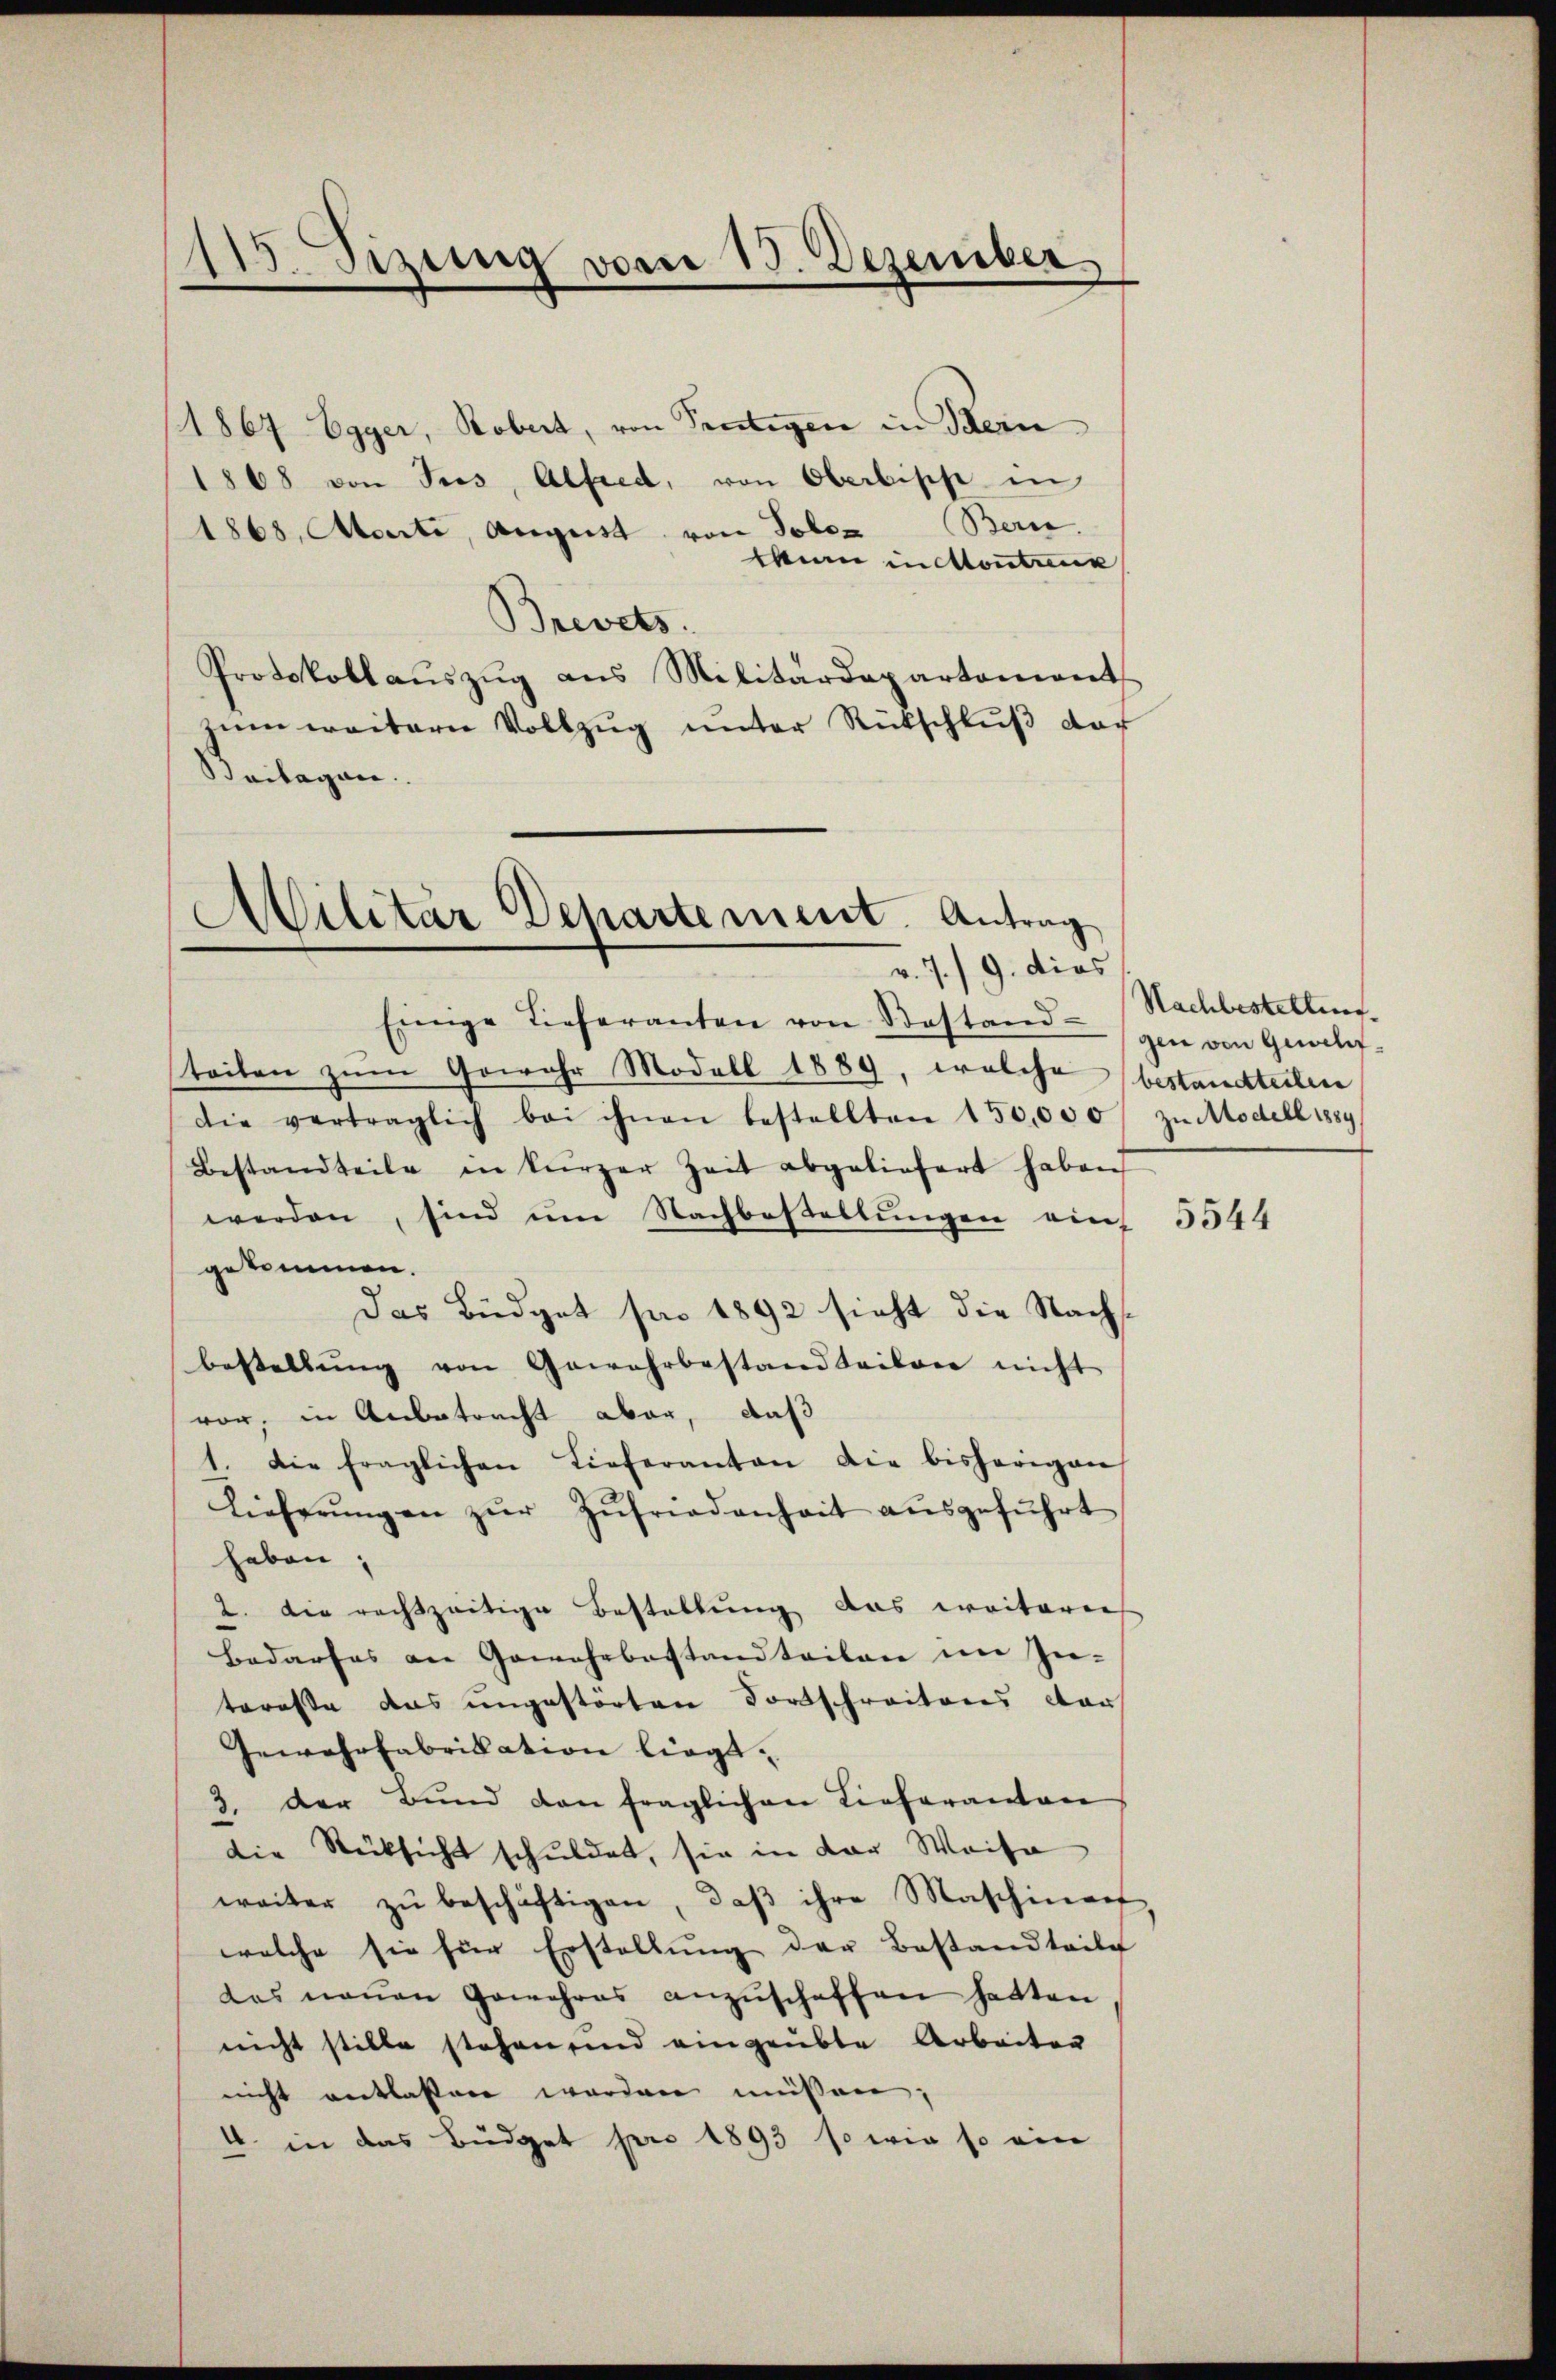
115. Sizung vom 15. Dezember

1867 Egger, Robert, von Sentigen in Bern
1868 von Tres, Alfred, von Oberbische in
1868, Atorte, August von Toler (Bern.
Wunn inittenteur
Brevets.
Protokoll aŭszŭg aŭs Militärdepartement
zum weitern Vollzug unter Rückschluß der
Beilagen.

Militär Departement. Antrag
v. 7./9. dies

Einige Lieferanten von Bestand gen von Geschef-
teiten zum Gewahr Modell 1889, welche bestandteilen
Die vertraglich bei ihnen bestellten 150,000 zŭ Modell 1889
Bestandteile in kürzer Zeit abgeliefert haben
werden, sind um Nachbestellungen ein 3544
gekommen.
Das Büdget pro 1892 sieht die Nachsbestellŭng von Gewahrbestandteilen nicht
vor, in Anbetracht aber, daß
1. Die fraglichen Lieferanton die bisherigen
Lieferŭngen zŭr Zŭfriedenheit aŭsgeführt
haben;
2. Die rechtzeitige Bestellung das weiterer
Bedarfes an Gewehrbastandteilen im In-
teresse das ungestörten Fortschreitens dar
Gewehrfabrikation liegt,
3. der Bund den fraglichen Lieferanton
die Rücksicht schuldet, sie in der Weise
weiter zŭ beschäftigen, daβ ihre Maschinent
welche sie für Erstellung der Bestandteile
das neŭen Gewehres anzŭschaffen hatten
nicht stille stehen, und eingeübte Arbeiten
nicht entlassen worden müssen;
4. in das Büdget pro 1893 so wie so ein

Nachbestellung.